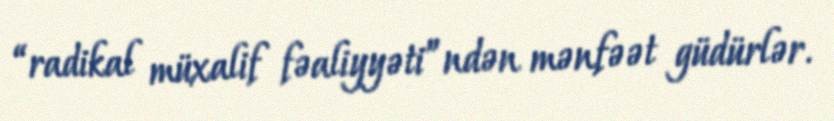
“radikal müxalif fəaliyyəti”ndən mənfəət güdürlər.